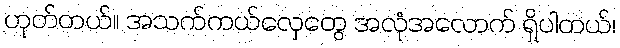
ဟုတ်တယ်။ အသက်ကယ်လှေတွေ အလုံအလောက် ရှိပါတယ်၊